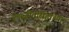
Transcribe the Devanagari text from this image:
रणजीतसिंहांच्या